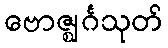
ဗောဇ္ဈင်္ဂသုတ်